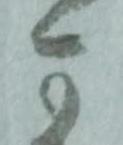
可